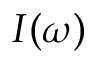
I ( \omega )